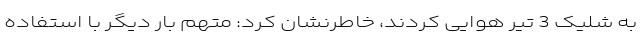
به شلیک 3 تیر هوایی کردند، خاطرنشان کرد: متهم بار دیگر با استفاده